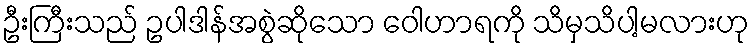
ဦးကြီးသည် ဥပါဒါန်အစွဲဆိုသော ဝေါဟာရကို သိမှသိပါ့မလားဟု